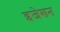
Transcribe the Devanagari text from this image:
इजेशन